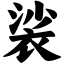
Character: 裟